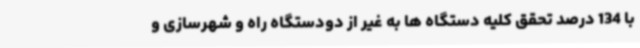
با 134 درصد تحقق کلیه دستگاه ها به غیر از دودستگاه راه و شهرسازی و